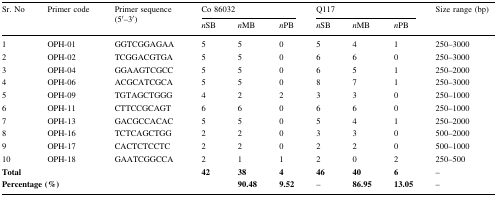
<table><thead><tr><td rowspan="2"><b>Sr. No</b></td><td rowspan="2"><b>Primer code</b></td><td rowspan="2"><b>Primer sequence(5′–3′)</b></td><td colspan="3"><b>Co 86032</b></td><td colspan="3"><b>Q117</b></td><td rowspan="2"><b>Size range (bp)</b></td></tr><tr><td><b><i>n</i>SB</b></td><td><b><i>n</i>MB</b></td><td><b><i>n</i>PB</b></td><td><b><i>n</i>SB</b></td><td><b><i>n</i>MB</b></td><td><b><i>n</i>PB</b></td></tr></thead><tbody><tr><td>1</td><td>OPH-01</td><td>GGTCGGAGAA</td><td>5</td><td>5</td><td>0</td><td>5</td><td>4</td><td>1</td><td>250–3000</td></tr><tr><td>2</td><td>OPH-02</td><td>TCGGACGTGA</td><td>5</td><td>5</td><td>0</td><td>6</td><td>6</td><td>0</td><td>250–3000</td></tr><tr><td>3</td><td>OPH-04</td><td>GGAAGTCGCC</td><td>5</td><td>5</td><td>0</td><td>6</td><td>5</td><td>1</td><td>250–2000</td></tr><tr><td>4</td><td>OPH-06</td><td>ACGCATCGCA</td><td>5</td><td>5</td><td>0</td><td>8</td><td>7</td><td>1</td><td>250–3000</td></tr><tr><td>5</td><td>OPH-09</td><td>TGTAGCTGGG</td><td>4</td><td>2</td><td>2</td><td>3</td><td>3</td><td>0</td><td>250–1000</td></tr><tr><td>6</td><td>OPH-11</td><td>CTTCCGCAGT</td><td>6</td><td>6</td><td>0</td><td>6</td><td>6</td><td>0</td><td>250–1000</td></tr><tr><td>7</td><td>OPH-13</td><td>GACGCCACAC</td><td>5</td><td>5</td><td>0</td><td>5</td><td>4</td><td>1</td><td>250–2000</td></tr><tr><td>8</td><td>OPH-16</td><td>TCTCAGCTGG</td><td>2</td><td>2</td><td>0</td><td>3</td><td>3</td><td>0</td><td>500–2000</td></tr><tr><td>9</td><td>OPH-17</td><td>CACTCTCCTC</td><td>2</td><td>2</td><td>0</td><td>2</td><td>2</td><td>0</td><td>500–1000</td></tr><tr><td>10</td><td>OPH-18</td><td>GAATCGGCCA</td><td>2</td><td>1</td><td>1</td><td>2</td><td>0</td><td>2</td><td>250–500</td></tr><tr><td colspan="3"><b>Total</b></td><td><b>42</b></td><td><b>38</b></td><td><b>4</b></td><td><b>46</b></td><td><b>40</b></td><td><b>6</b></td><td>–</td></tr><tr><td colspan="4"><b>Percentage (%)</b></td><td><b>90.48</b></td><td><b>9.52</b></td><td>–</td><td><b>86.95</b></td><td><b>13.05</b></td><td>–</td></tr></tbody></table>